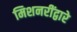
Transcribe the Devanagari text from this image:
मिशनरींद्वारे